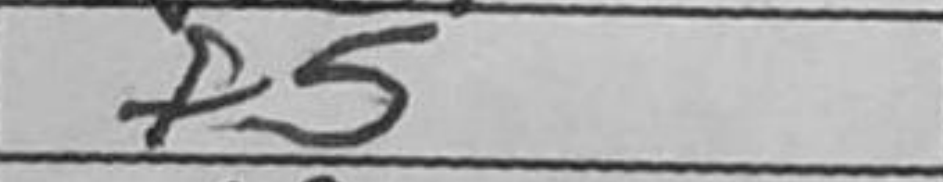
Transcription: f5